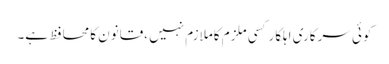
کوئی سرکاری اہلکارکسی ملزم کاملازم نہیں ،قانون کامحافظ ہے۔